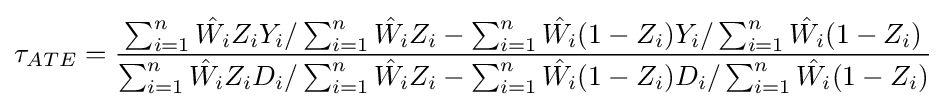
\tau _{ATE}={\frac {\sum _{i=1}^{n}{\hat {W_{i}}}{Z_{i}}{Y_{i}}/\sum _{i=1}^{n}{\hat {W_{i}}}{Z_{i}}-\sum _{i=1}^{n}{\hat {W_{i}}}{(1-Z_{i})}{Y_{i}}/\sum _{i=1}^{n}{{\hat {W_{i}}}(1-Z_{i})}}{\sum _{i=1}^{n}{\hat {W_{i}}}{Z_{i}}{D_{i}}/\sum _{i=1}^{n}{\hat {W_{i}}}{Z_{i}}-\sum _{i=1}^{n}{\hat {W_{i}}}{(1-Z_{i})}{D_{i}}/\sum _{i=1}^{n}{\hat {W_{i}}}{(1-Z_{i})}}}